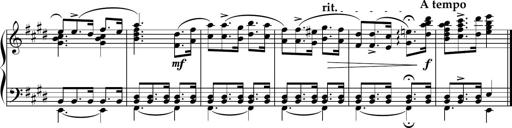
Title: Sonatine basque
Composer: Louis Sauter